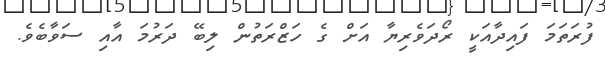
ފުރަތަމަ ފައިދާއަކީ ރޯދަވެރިޔާ އަށް ގެ ހަޒްރަތުން ލިބޭ ދަރުމަ އާއި ސަވާބެވެ.